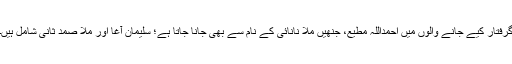
گرفتار کیے جانے والوں میں احمداللہ مطیع، جنھیں ملا نانائی کے نام سے بھی جانا جاتا ہے؛ سلیمان آغا اور ملا صمد ثانی شامل ہیں۔